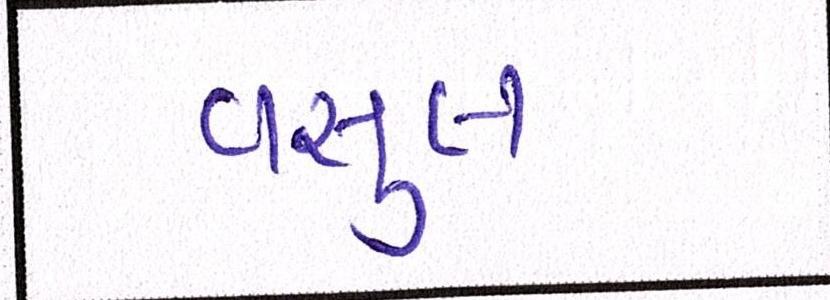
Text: વસુલ